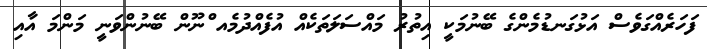
ފަހަރެއްގަވެސް އަޅުގަނޑުމެންގެ ބޭނުމަކީ އިތުރު މައްސަލަތަކެއް އުފެއްދުމެއ ްނޫން ބޭނުންވަނީ މަންމަ އާއި